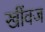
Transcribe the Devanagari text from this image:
खींवज